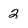
Character: 2